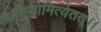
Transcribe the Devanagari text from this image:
ब्रवीम्योमित्येतत्।।